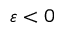
\varepsilon < 0